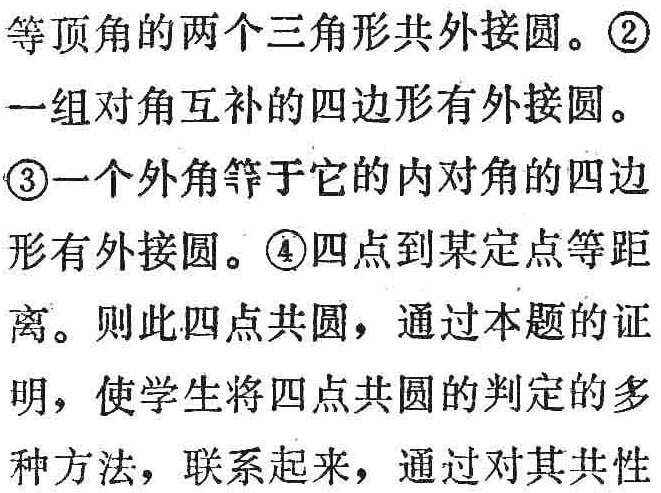
等顶角的两个三角形共外接圆。\textcircled{2}

一组对角互补的四边形有外接圆。

\textcircled{3}一个外角等于它的内对角的四边形有外接圆。\textcircled{4}四点到某定点等距

离。则此四点共圆，通过本题的证明，使学生将四点共圆的判定的多

种方法，联系起来，通过对其共性